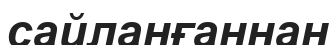
сайланғаннан